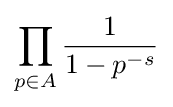
\prod _{p\in A}{1 \over 1-p^{-s}}